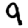
Digit: 9